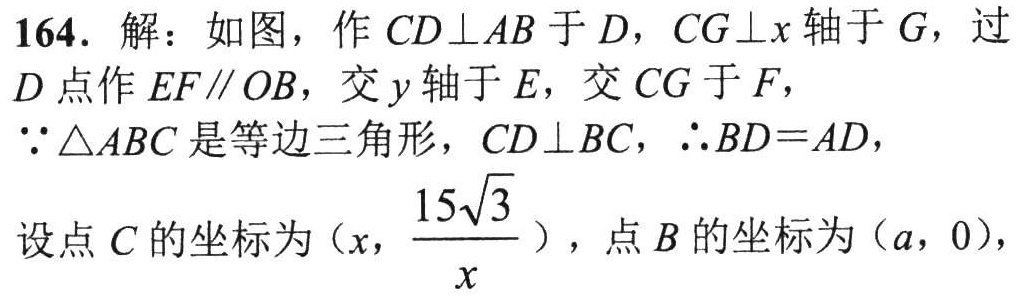
164. 解：如图，作 \(CD\perp AB\) 于 \(D\)，\(CG\perp x\) 轴于 \(G\)，过

\(D\) 点作 \(EF\parallel OB\)，交 \(y\) 轴于 \(E\)，交 \(CG\) 于 \(F\)，

\(\because\triangle ABC\) 是等边三角形，\(CD\perp BC\)，\(\therefore BD = AD\)，

设点 \(C\) 的坐标为 \((x,\frac{15\sqrt{3}}{x})\)，点 \(B\) 的坐标为 \((a,0)\)，